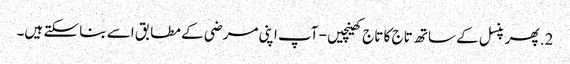
2. پھر پنسل کے ساتھ تاج کا تاج کھینچیں - آپ اپنی مرضی کے مطابق اسے بنا سکتے ہیں۔